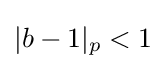
|b-1|_{p}<1